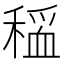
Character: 𫁃